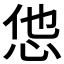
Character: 怹